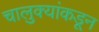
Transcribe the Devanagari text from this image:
चालुक्यांकडून